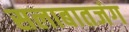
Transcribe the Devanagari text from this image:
सलाबातजंग